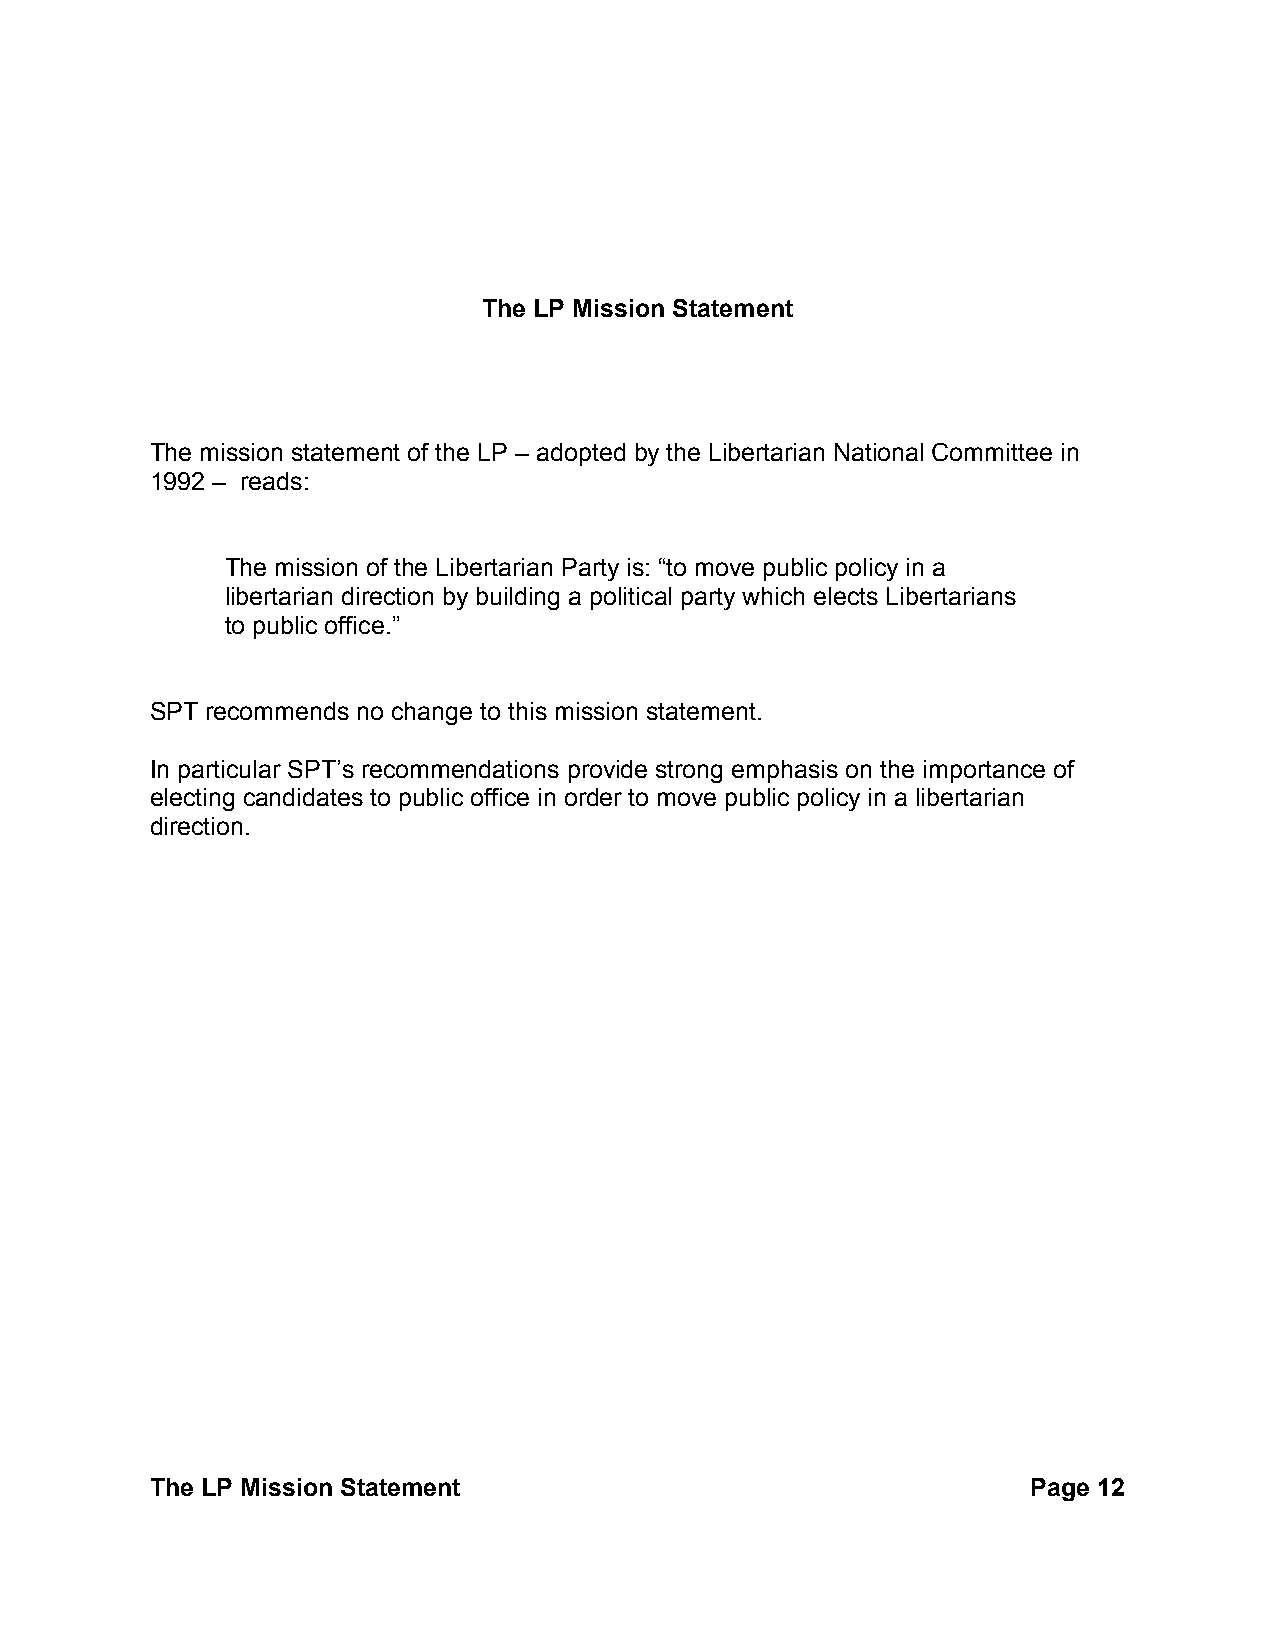
The LP Mission Statement
 The mission statement of the LP – adopted by the Libertarian National Committee in
 1992 – reads:
 The mission of the Libertarian Party is: “to move public policy in a
 libertarian direction by building a political party which elects Libertarians
 to public office.”
 SPT recommends no change to this mission statement.
 In particular SPT’s recommendations provide strong emphasis on the importance of
 electing candidates to public office in order to move public policy in a libertarian
 direction.
 The LP Mission Statement                                  Page 12